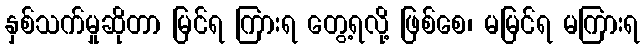
နှစ်သက်မှုဆိုတာ မြင်ရ ကြားရ တွေ့ရလို့ ဖြစ်စေ၊ မမြင်ရ မကြားရ